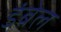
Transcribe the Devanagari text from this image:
डंबेल